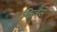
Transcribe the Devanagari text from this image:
किजैसे